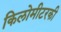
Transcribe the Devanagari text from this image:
किलोमीटरकी